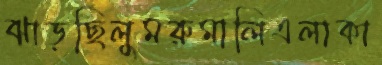
ঝাড়ছিলুমরুমালিএলাকা